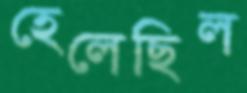
হেলেছিল